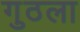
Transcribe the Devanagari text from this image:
गुठला